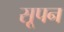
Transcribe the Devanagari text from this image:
सूपन